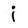
Character: i